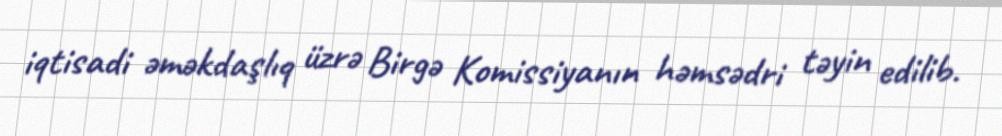
iqtisadi əməkdaşlıq üzrə Birgə Komissiyanın həmsədri təyin edilib.